Civil Veterinary Department. Central Provinces & Berar 1932-41 - 1932-1941
Year: 1932
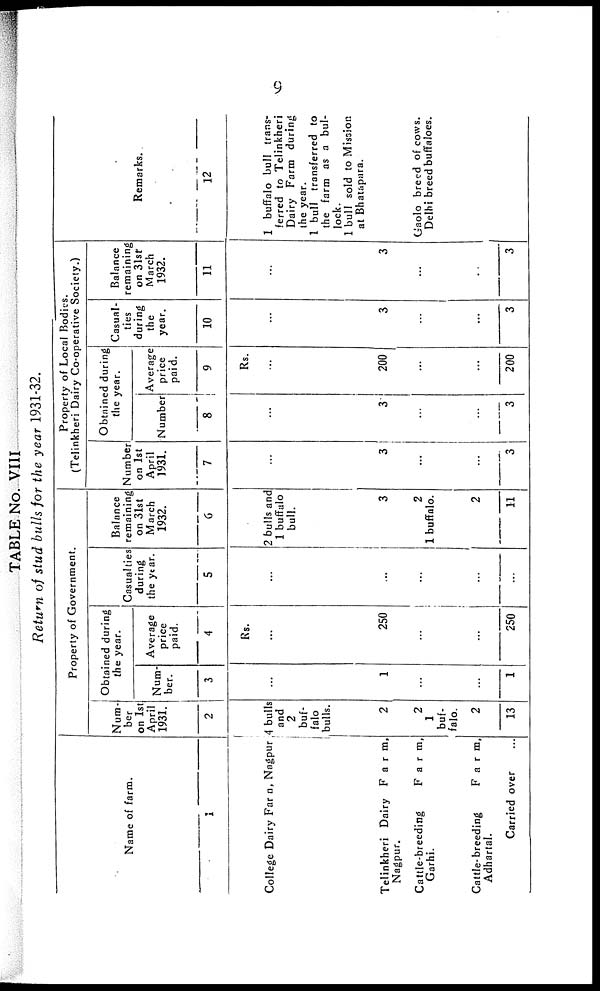
9
TABLE No. VIII
Return of stud bulls for the year 1931-32.
Name of farm.
1
College Dairy Farm, Nagpur
Telinkheri Dairy Farm.
Nagpur.
Cattle-breeding
Farm,
Garhi.
Cattle-breeding
Farm,
Adhartal.
Carried over ...
Property of Government.
Num-
ber
on 1st
April
1931.
2
4 bulls
and
2
buf-
falo
bulls.
2
2
1
buf-
falo.
2
13
Obtained during
the year.
Num-
ber.
3
...
1
...
...
1
Average
price
paid.
4
Rs.
...
250
...
...
250
Casualties
during
the year.
5
...
...
...
...
...
Balance
remaining
on 31st
March
1932.
6
2 bulls and
1 buffalo
bull.
3
2
1 buffalo.
2
11
Property of Local Bodies.
(Telinkheri Dairy Co-operative Society.)
Number
on 1st
April
1931.
7
...
3
...
...
3
Obtained during
the year.
Number
8
...
3
...
...
3
Average
price
paid.
9
Rs.
...
200
...
...
200
Casual-
ties
during
the
year.
10
...
3
...
...
3
Balance
remaining
on 31st
March
1932.
11
...
3
...
...
3
Remarks.
12
1 buffalo bull trans-
ferred to Telinkheri
Dairy Farm during
the year.
1 bull transferred to
the farm as a bul-
lock.
1 bull sold to Mission
at Bhatapura.
Gaolo breed of cows.
Delhi breed buffaloes.